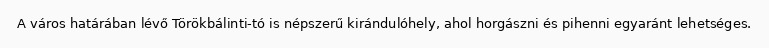
A város határában lévő Törökbálinti-tó is népszerű kirándulóhely, ahol horgászni és pihenni egyaránt lehetséges.